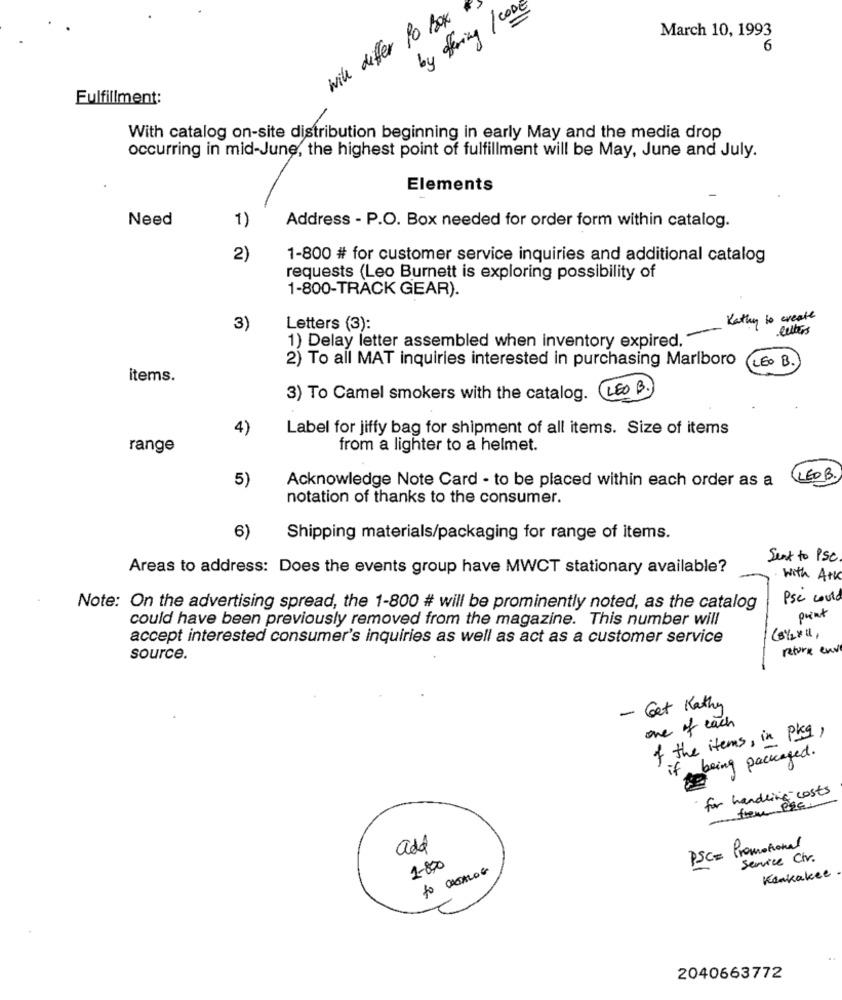
by offering / CODE
will differ Po Box
March 10, 1993
6
Fulfillment:
-
With catalog on-site distribution beginning in early May and the media drop
occurring in mid-June, the highest point of fulfillment will be May, June and July.
Elements
Need
1)
Address - P.O. Box needed for order form within catalog.
2)
1-800 # for customer service inquiries and additional catalog
requests (Leo Burnett is exploring possibility of
1-800-TRACK GEAR).
Kathy to create
3)
Letters (3):
letters
1) Delay letter assembled when inventory expired.
2) To all MAT inquiries interested in purchasing Marlboro
(LEO B.
items.
3) To Camel smokers with the catalog. LEO B.
4)
Label for jiffy bag for shipment of all items. Size of items
range
from a lighter to a helmet.
Acknowledge Note Card - to be placed within each order as a
CLEOB
5)
notation of thanks to the consumer.
6)
Shipping materials/packaging for range of items.
Sent to PSC.
Areas to address: Does the events group have MWCT stationary available?
with Atk
Pse coute
Note: On the advertising spread, the 1-800 # will be prominently noted, as the catalog
could have been previously removed from the magazine. This number will
print
(81/2×14,
accept interested consumer's inquiries as well as act as a customer service
return env
source.
- Get Kathy
one of each
of the items, in pkg )
if being packaged.
for handling costs
from P&c.
add
PSC= Promotional
1-800
Service Chr.
to OREALOG
Kankakee
2040663772